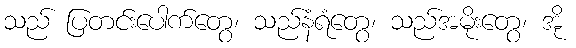
သည် ပြတင်းပေါက်တွေ၊ သည်နံရံတွေ၊ သည်အမိုးတွေ၊ အို